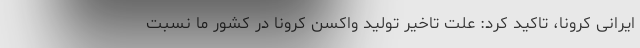
ایرانی کرونا، تاکید کرد: علت تاخیر تولید واکسن کرونا در کشور ما نسبت